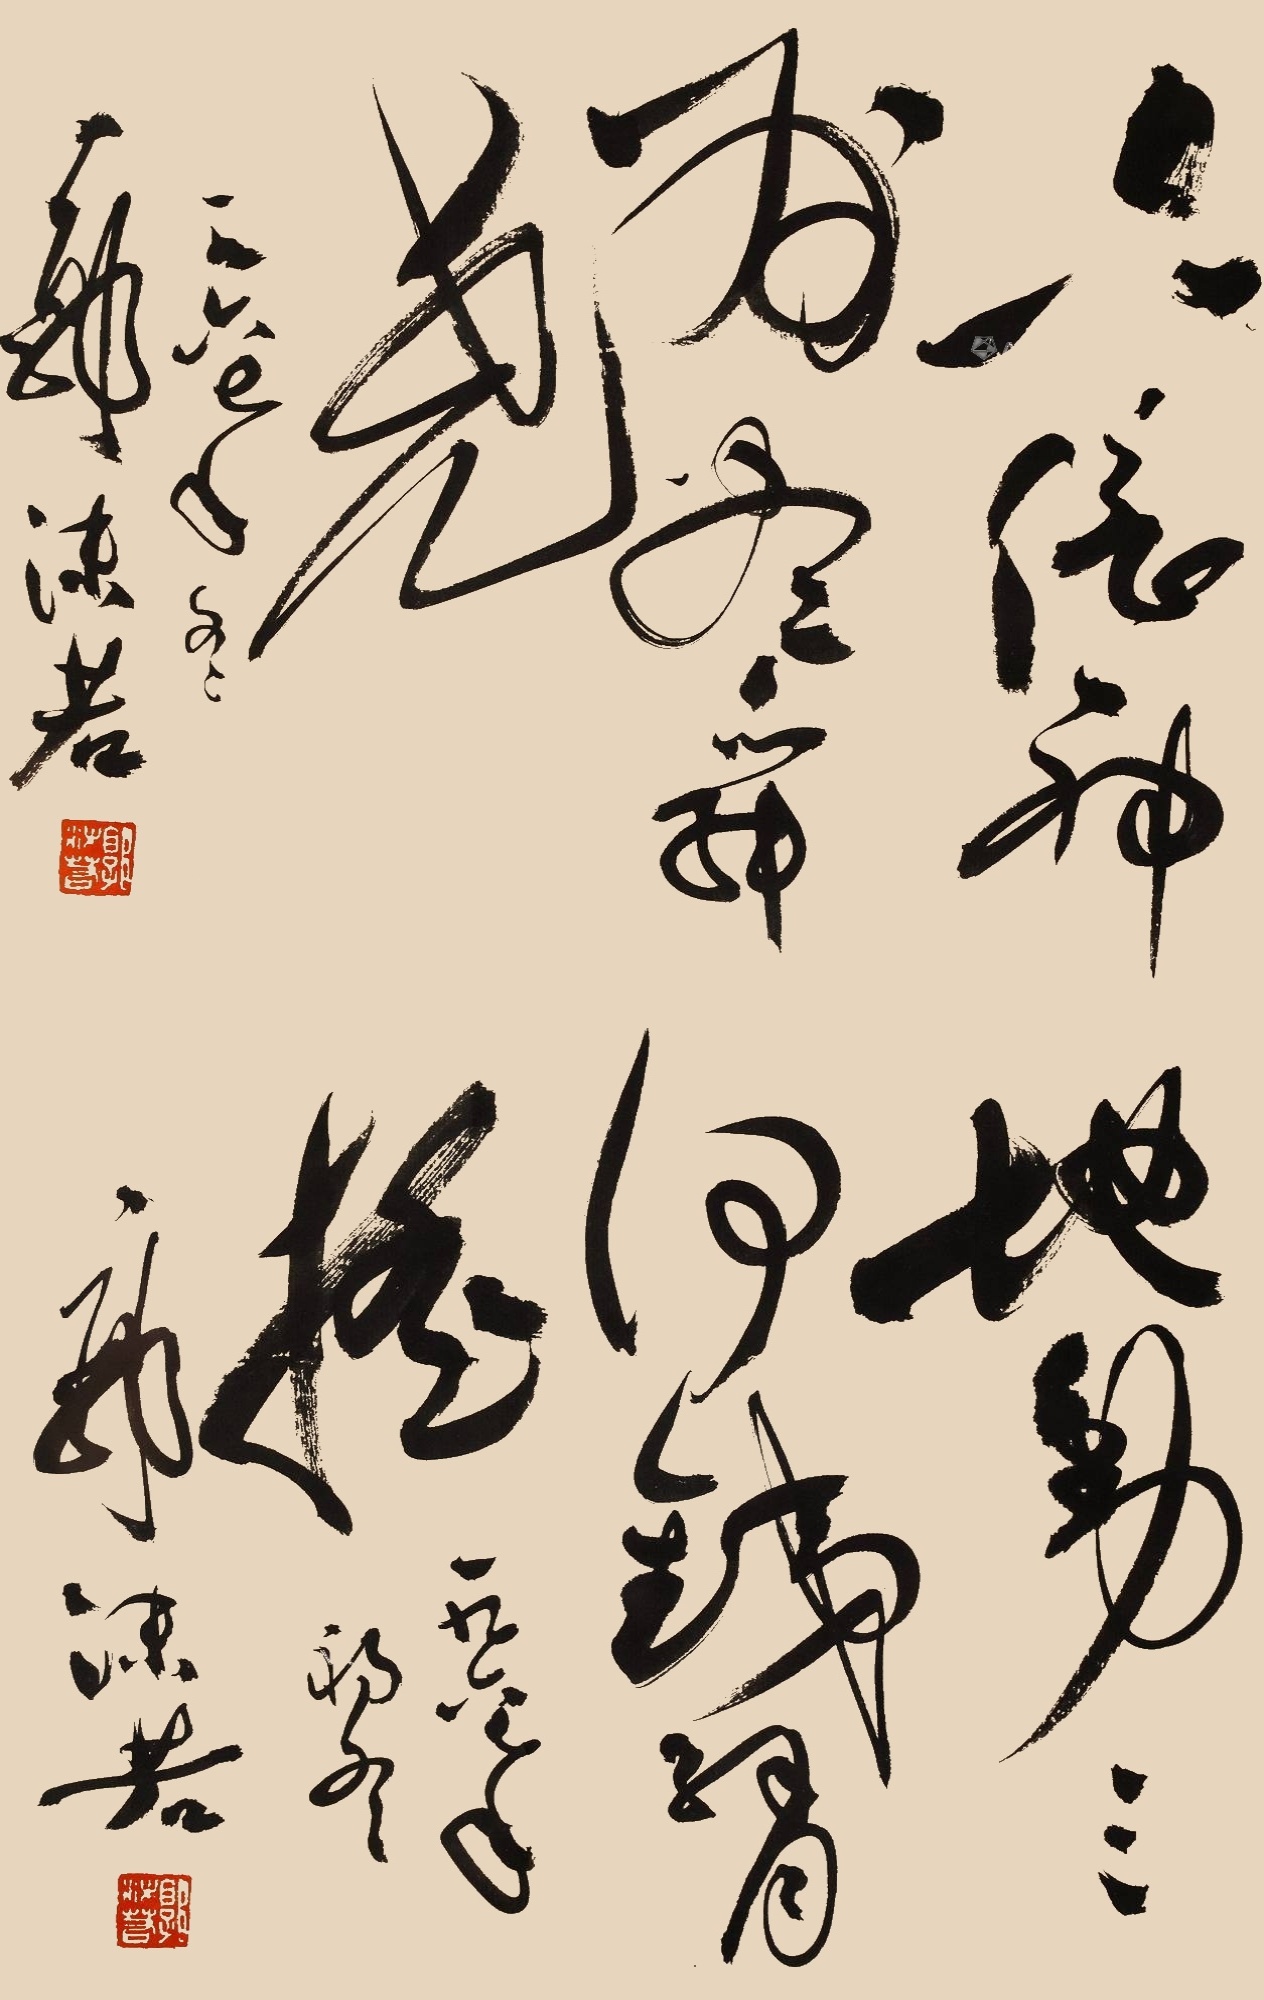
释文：六亿神州尽舜尧。地动三河铁臂摇。一九六四年冬日，郭沫若。一九六四年初冬，郭沫若。